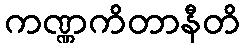
ကဏ္ဏကိတာနီတိ